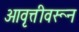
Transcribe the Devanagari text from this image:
आवृत्तीवरून